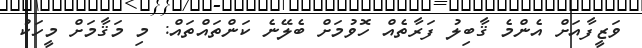
ވަޒީފާއަށް އެންމެ ޤާބިލު ފަރާތެއް ހޮވުމަށް ބެލޭނެ ކަންތައްތައް: މި މަޤާމަށް މީހަކު